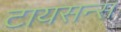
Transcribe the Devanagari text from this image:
टायसन्स